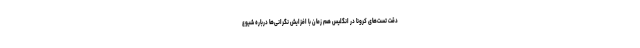
دقت تست‌های کرونا در انگلیس هم زمان با افزایش نگرانی‌ها درباره شیوع